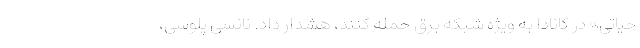
حیاتی» در کانادا به ویژه شبکه برق حمله کنند، هشدار داد. نانسی پلوسی،